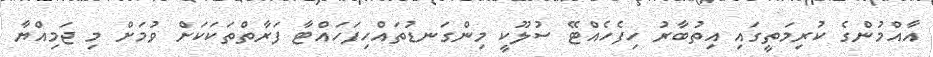
އާއްމުންގެ ކުރިމަތީގައި އިތުބާރު ހިފެހެއްޓޭ ސުލޫކީ މިންގަނޑުތައްހިފަހައްޓާ ފަރާތްތަކަކަށް ވުމަށް މި ޖަމިއްޔާ